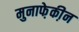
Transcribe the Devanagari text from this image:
मुनाफे़की़न